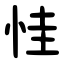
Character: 㤬